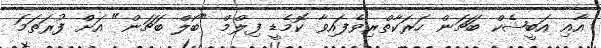
އާއި އަބީޝެކް ބަޗަން ހަރަކާތްރިވެފައިވާ ކޮމެޑީ ފިލްމް "ބޯލް ބަޗަން" އަށް ފުރަތަމަ